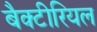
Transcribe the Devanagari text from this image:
बैक्‍टीरियल